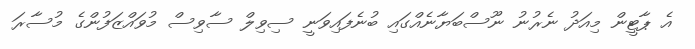
އެ ޕާޓީން މިއަދު ނެރުނު ނޫސްބަޔާނެއްގައި ބުނެފައިވަނީ ސިވިލް ސާވިސް މުވައްޒަފުންގެ މުސާރަ